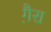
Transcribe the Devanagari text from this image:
गै़रा